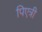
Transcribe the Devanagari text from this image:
पिएत्री